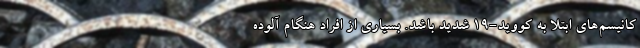
کانیسم‌های ابتلا به کووید-۱۹ شدید باشد. بسیاری از افراد هنگام آلوده